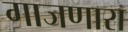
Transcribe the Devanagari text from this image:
गाजणारा